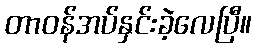
တာဝန်အပ်နှင်းခဲ့လေပြီ။